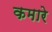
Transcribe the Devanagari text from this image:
कमारे